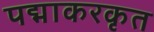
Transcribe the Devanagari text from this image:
पद्माकरकृत